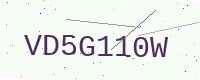
Text: VD5G110W